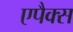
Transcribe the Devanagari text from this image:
एपैक्स